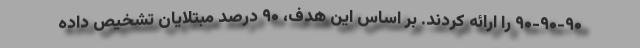
۹۰-۹۰-۹۰ را ارائه کردند. بر اساس این هدف، ۹۰ درصد مبتلایان تشخیص داده